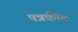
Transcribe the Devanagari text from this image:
पत्रकीय